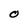
Character: O